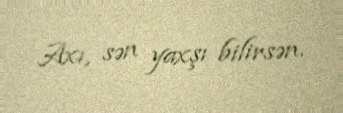
Axı, sən yaxşı bilirsən.